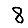
Digit: 8